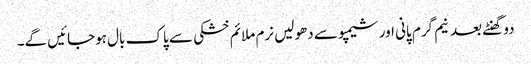
دو گھنٹے بعد نیم گرم پانی اور شیمپو سے دھولیں نرم ملائم خشکی سے پاک بال ہوجائیں گے۔